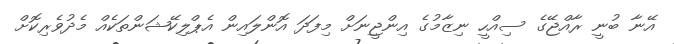
އޭނާ ބުނީ ރާއްޖޭގެ ސިއްހީ ނިޒާމުގެ އިންޖީނަށް މިފަދަ އޮންލައިން އެޕްލިކޭޝަންތަކެއް މެދުވެރިކޮށް